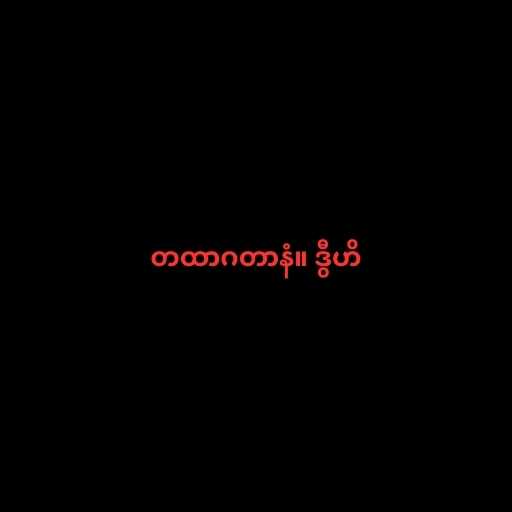
တထာဂတာနံ။ ဒွီဟိ